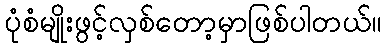
ပုံစံမျိုးဖွင့်လှစ်တော့မှာဖြစ်ပါတယ်။